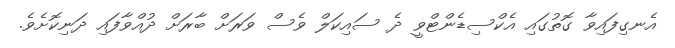
އެނގިފައިވާ ގޮތުގައި އެކްސިޑެންޓްވީ ދެ ސައިކަލް ވެސް ވަރަށް ބާރަށް ދުއްވާފައި ދަނިކޮށެވެ.